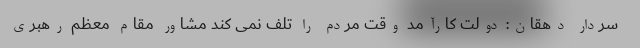
سردار دهقان: دولت کارآمد وقت مردم را تلف نمی کند مشاور مقام معظم رهبری